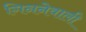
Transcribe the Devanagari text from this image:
गिननेवाली